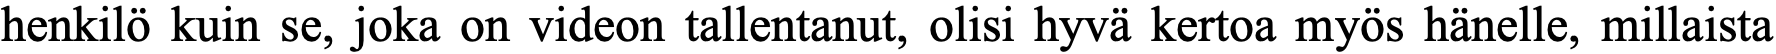
henkilö kuin se, joka on videon tallentanut, olisi hyvä kertoa myös hänelle, millaista